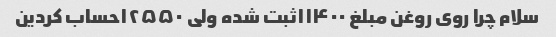
سلام چرا روی روغن مبلغ ۱۱۴۰۰ثبت شده ولی ۱۲۵۵۰حساب کردین